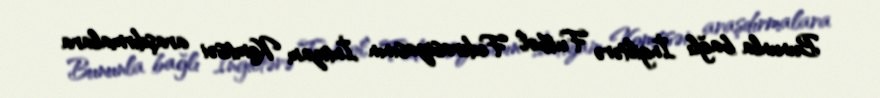
Bununla bağlı İngiltərə Futbol Federasiyasının İntizam Komtisəi araşdırmalara